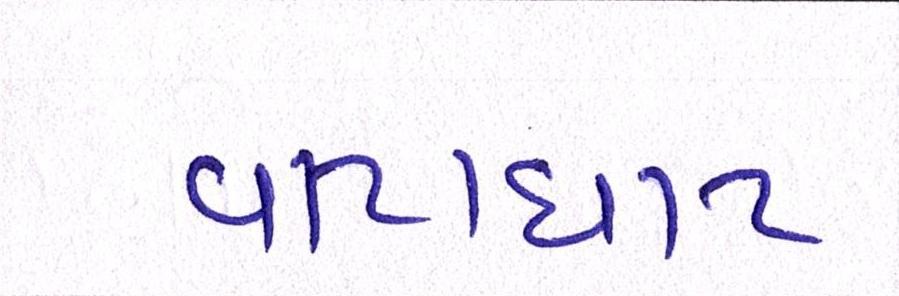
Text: વાટાઘાટ